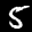
Label: 5